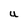
Character: U